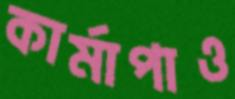
কার্মাপাও